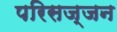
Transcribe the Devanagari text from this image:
परिसज्जन